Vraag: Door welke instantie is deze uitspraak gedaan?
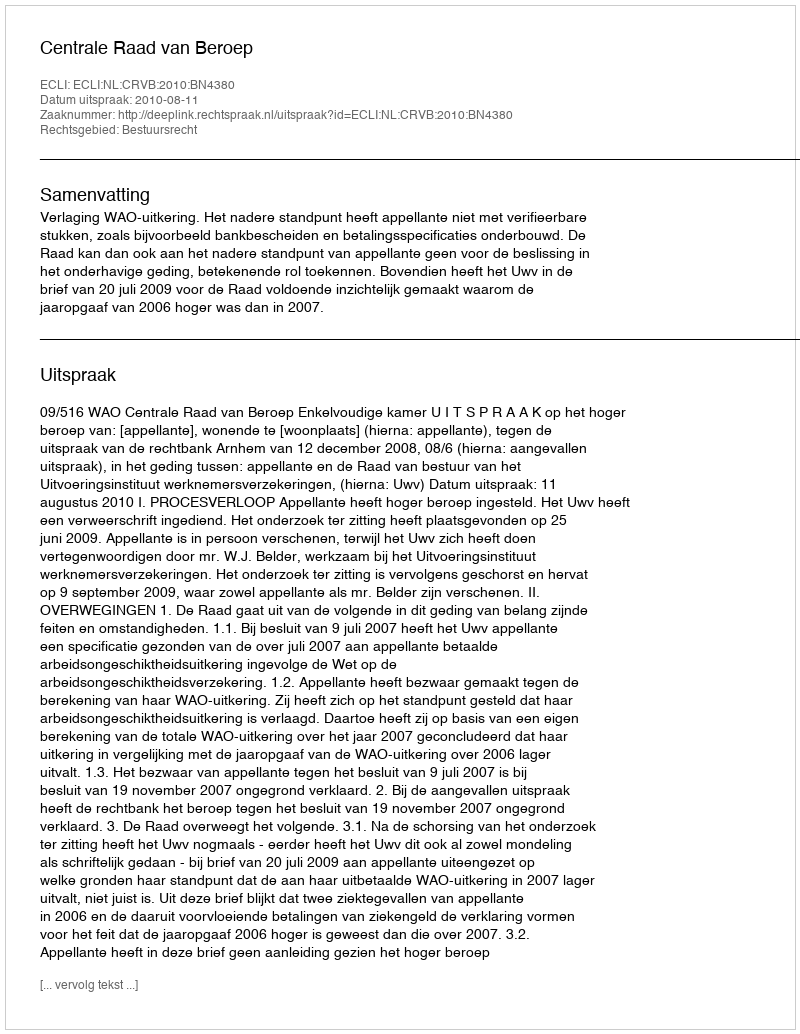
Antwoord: Centrale Raad van Beroep